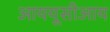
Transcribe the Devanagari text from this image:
आययूसीआय